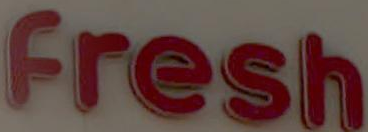
Fresh